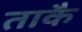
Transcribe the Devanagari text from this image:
ताकै